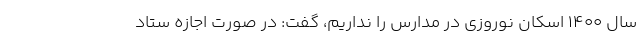
سال 1400 اسکان نوروزی در مدارس را نداریم، گفت: در صورت اجازه ستاد